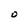
Character: O